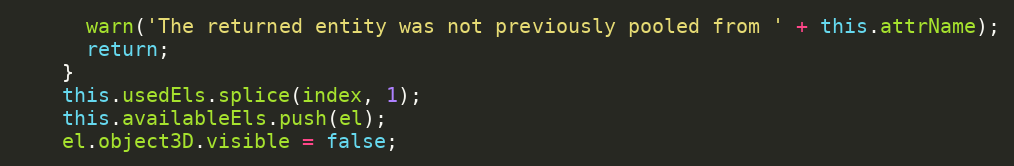
Language: JavaScript
      warn('The returned entity was not previously pooled from ' + this.attrName);
      return;
    }
    this.usedEls.splice(index, 1);
    this.availableEls.push(el);
    el.object3D.visible = false;